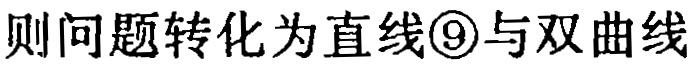
则问题转化为直线\textcircled{9}与双曲线